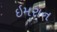
ઇમરાન